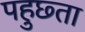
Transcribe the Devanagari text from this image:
पहुछ्ता